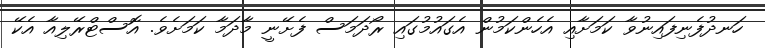
ހަނދުފެނިފައިނުވާ ކަމަށާއި އެހެންކަމުން އެގައުމުގައި ރޯދަމަސް ފެށޭނީ މާދަމާ ކަމަށެވެެ. އޮސްޓްރޭލިއާ އެކޭ